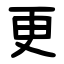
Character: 更